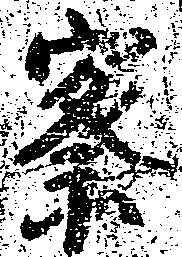
察